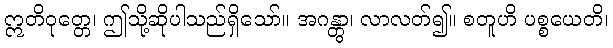
ဣတိဝုတ္တေ၊ ဤသို့ဆိုပါသည်ရှိသော်။ အဂန္တွာ၊ လာလတ်၍။ စတူဟိ ပစ္စယေတိ၊